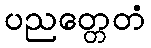
ပညတ္တေတံ